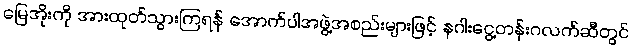
မြေအိုးကို အားထုတ်သွားကြရန် အောက်ပါအဖွဲ့အစည်းများဖြင့် နဂါးငွေ့တန်းဂလက်ဆီတွင်